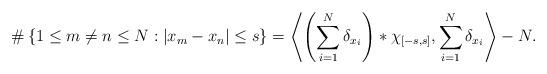
LaTeX: \begin{align*} \# \left\{ 1 \leq m \neq n \leq N: |x_m - x_n| \leq s \right\} = \left\langle \left(\sum_{i=1}^{N}{\delta_{x_i}}\right) * \chi_{\left[-s,s\right]}, \sum_{i=1}^{N}{\delta_{x_i}}\right\rangle - N.\end{align*}